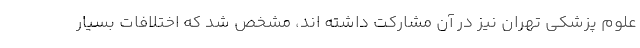
علوم پزشکی تهران نیز در آن مشارکت داشته اند، مشخص شد که اختلافات بسیار